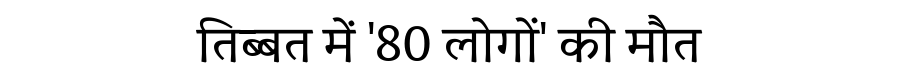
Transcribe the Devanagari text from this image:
तिब्बत में '80 लोगों' की मौत